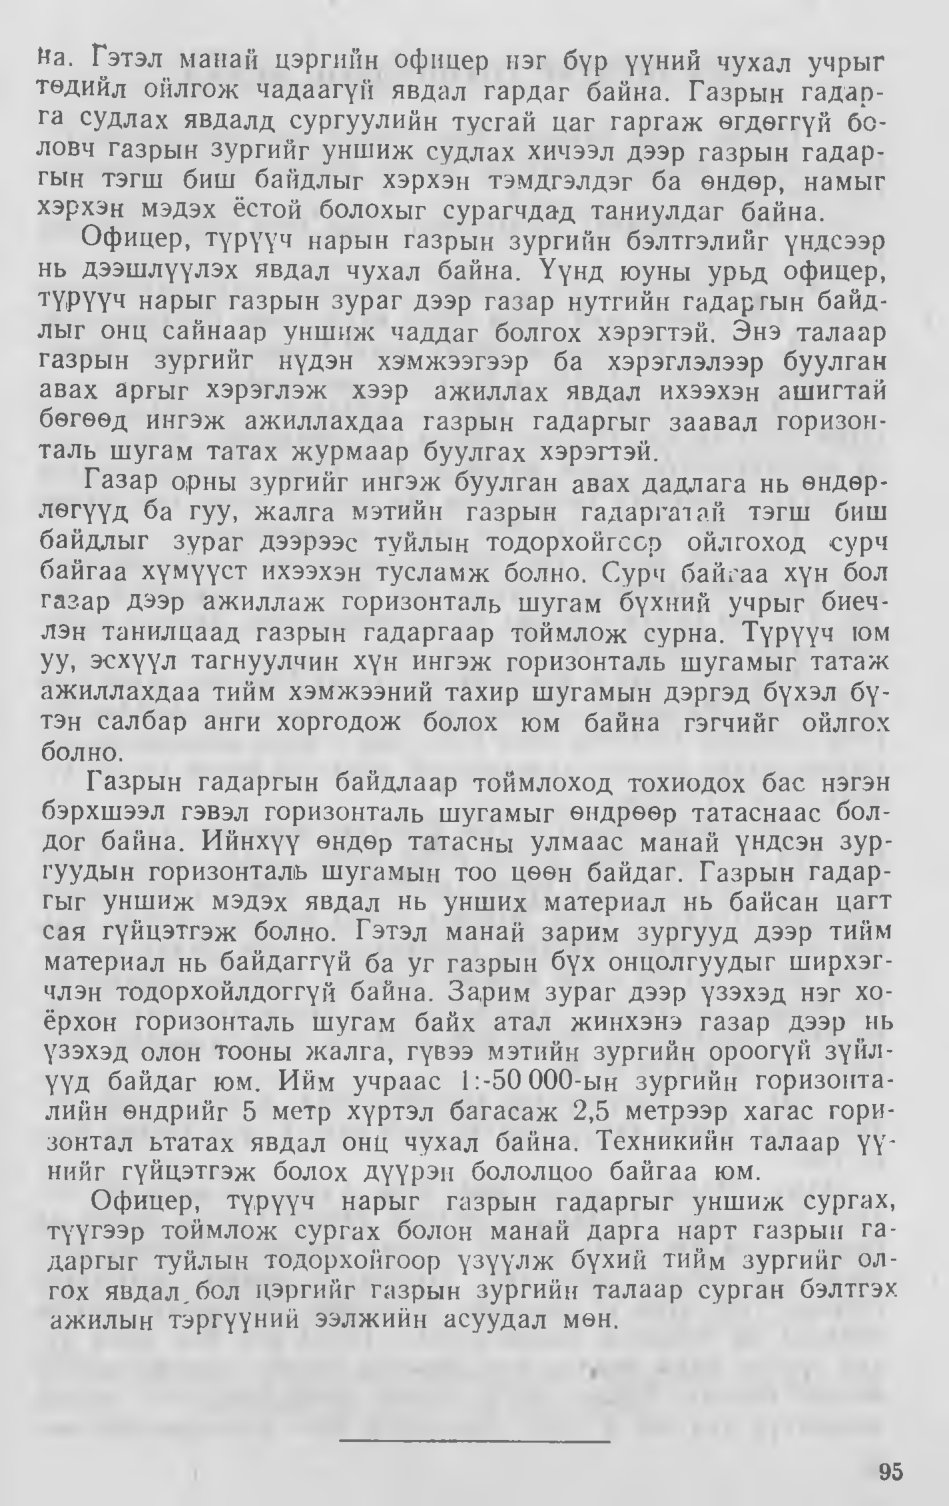
Language: mn